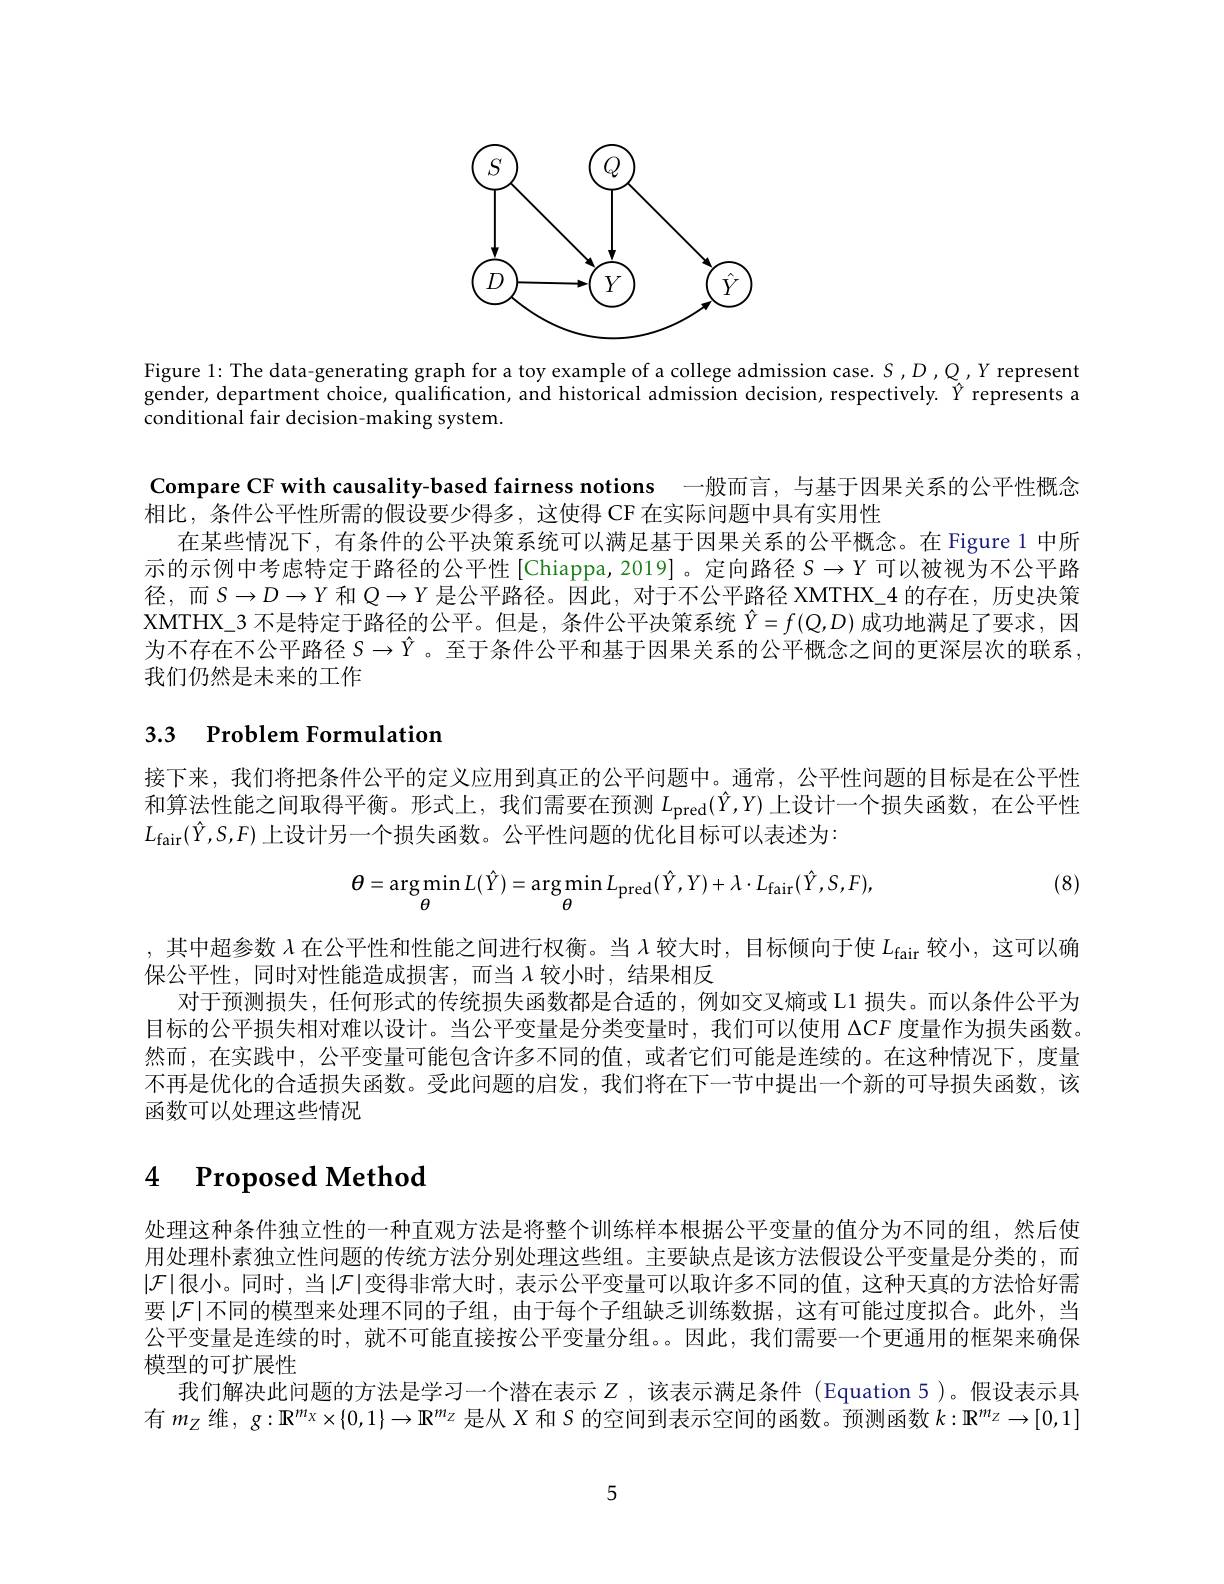
<FigureHere>

Figure 1:The data-generating graph for a toy example of a college admission case. $S,D,Q,Y$ represent gender, department choice, qualification, and historical admission decision, respectively. $\hat{\hat{Y}}$ represents a conditional fair decision-making system.

Compare CF with causality-based fairness notions 一般而言，与基于因果关系的公平性概念
相比，条件公平性所需的假设要少得多，这使得 CF 在实际问题中具有实用性
在某些情况下，有条件的公平决策系统可以满足基于因果关系的公平概念。在 Figure 1 中所示的示例中考虑特定于路径的公平性 [Chiappa,2019]。定向路径$S\to Y$可以被视为不公平路径，而$S\to D\to Y$和$Q\to Y$是公平路径。因此，对于不公平路径 XMTHX\_4 的存在，历史决策XMTHX\_3 不是特定于路径的公平。但是，条件公平决策系统$\hat{Y}=f(Q,D)$成功地满足了要求，因为不存在不公平路径$S\to\hat{Y}$ 。至于条件公平和基于因果关系的公平概念之间的更深层次的联系， 我们仍然是未来的工作

## 3.3 $\textbf{Problem Formulation}$

接下来，我们将把条件公平的定义应用到真正的公平间题中。通常，公平性问题的目标是在公平性和算法性能之间取得平衡。形式上，我们需要在预测$L_{\mathrm{pred}}(\hat{Y},Y)$上设计一个损失函数，在公平性$L_{\mathrm{fair}}(\hat{Y},S,F)$上设计另一个损失函数。公平性问题的优化目标可以表述为：

(8)
$$\theta=\arg\min_{\theta}L(\hat{Y})=\arg\min_{\theta}L_{\mathrm{pred}}(\hat{Y},Y)+\lambda\cdot L_{\mathrm{fair}}(\hat{Y},S,F),$$
,其中超参数$\lambda$在公平性和性能之间进行权衡。当$\lambda$较大时，目标倾向于使$L_\mathrm{fair}$较小，这可以确
保公平性，同时对性能造成损害，而当$\lambda$较小时，结果相反
对于预测损失，任何形式的传统损失函数都是合适的，例如交叉熵或 L1 损失。而以条件公平为目标的公平损失相对难以设计。当公平变量是分类变量时，我们可以使用$\Delta CF$度量作为损失函数。然而，在实践中，公平变量可能包含许多不同的值，或者它们可能是连续的。在这种情况下，度量不再是优化的合适损失函数。受此问题的启发，我们将在下一节中提出一个新的可导损失函数，该函数可以处理这些情况

# 4 Proposed Method

处理这种条件独立性的一种直观方法是将整个训练样本根据公平变量的值分为不同的组，然后使用处理朴素独立性问题的传统方法分别处理这些组。主要缺点是该方法假设公平变量是分类的，而$|\mathcal{F}|$很小。同时，当$|\mathcal{F}|$变得非常大时，表示公平变量可以取许多不同的值，这种天真的方法恰好需要$|\mathcal{F}|$不同的模型来处理不同的子组，由于每个子组缺乏训练数据，这有可能过度拟合。此外，当公平变量是连续的时，就不可能直接按公平变量分组。。因此，我们需要一个更通用的框架来确保模型的可扩展性
我们解决此问题的方法是学习一个潜在表示$Z$ ,该表示满足条件 (Equation 5)。假设表示具有$m_Z$维，$g:\mathbb{R}^m_X\times\{0,1\}\to\mathbb{R}^{m_Z}$是从$X$和$S$的空间到表示空间的函数。预测函数$k:\mathbb{R}^{m_Z}\to[0,1]$

5